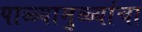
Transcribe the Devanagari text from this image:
पाळ्यामुळ्यांचा